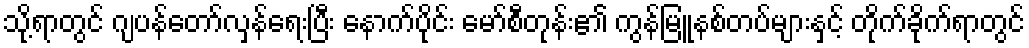
သို့ရာတွင် ဂျပန်တော်လှန်ရေးပြီး နောက်ပိုင်း မော်စီတုန်း၏ ကွန်မြူနစ်တပ်များနှင့် တိုက်ခိုက်ရာတွင်